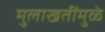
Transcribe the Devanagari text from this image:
मुलाखतींमुळे